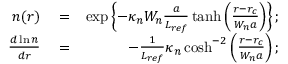
\begin{array} { r l r } { n ( r ) } & { { } = } & { \exp \left\{ - \kappa _ { n } W _ { n } \frac { a } { L _ { r e f } } \operatorname { t a n h } \left( \frac { r - r _ { c } } { W _ { n } a } \right) \right\} ; } \\ { \frac { d \ln n } { d r } } & { { } = } & { - \frac { 1 } { L _ { r e f } } \kappa _ { n } \cosh ^ { - 2 } \left( \frac { r - r _ { c } } { W _ { n } a } \right) ; } \end{array}